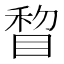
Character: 睝